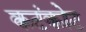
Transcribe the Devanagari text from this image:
कटंकोट